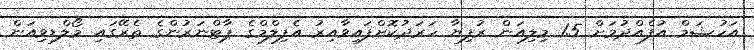
އަހުޝަމް އުފެއްދުމަށް 1.5 މިލިއަން ރުފިޔާ ހަރަދުކޮށްފައިވާއިރު އެފިލްމްގެ ޕާޓްނަރުންގެ ތެރޭގައި މޯލްޑިވިއަން